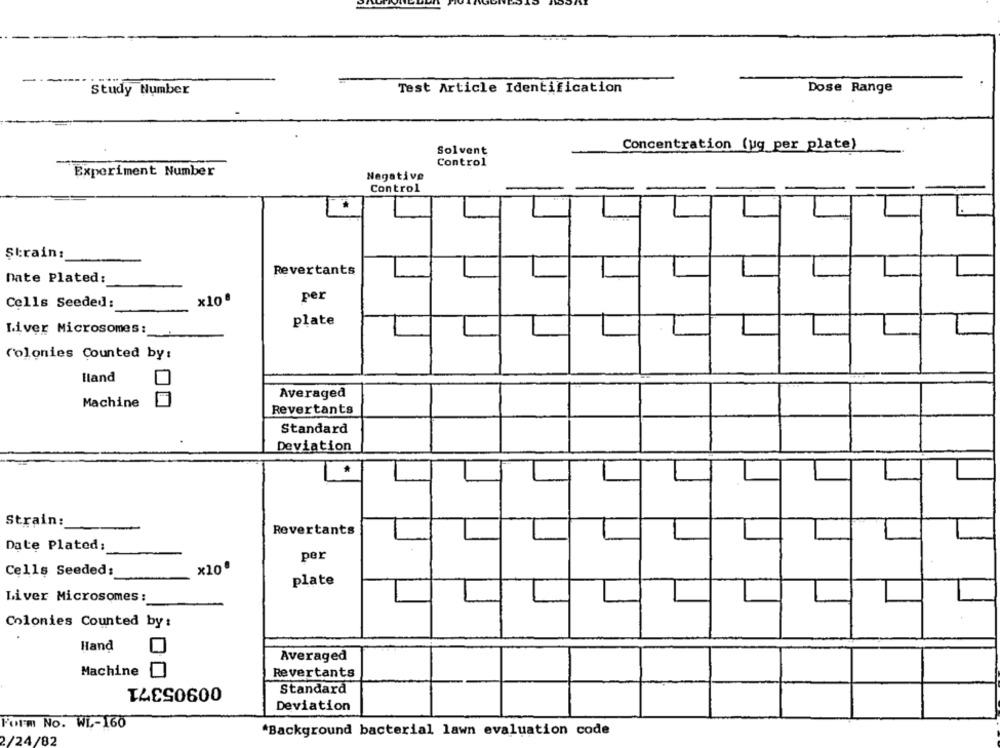
Study Number
Test Article Identification
Dose Range
Solvent
Concentration (ug per plate)
Control
Experiment Number
Negative
Control
Ştrain:
Revertants
nate Plated:
×10.
per
Cells Seeded:
plate
Liver Microsomes:
Colonies Counted by:
Iland
Averaged
Machine
Revertants
Standard
Deviation
*
Strain:
Rovertants
Date Plated;
per
x10.
Cells Seeded
plate
Liver Microsomes:
Colonies Counted by:
Hand
Averaged
Machine
Revertants
00905371
Standard
Deviation
Form No. WL-160
*Background bacterial lawn evaluation code
2/24/82